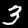
Label: 3